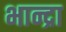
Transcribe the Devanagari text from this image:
भान्द्रा